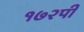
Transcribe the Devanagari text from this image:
१७२पी